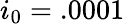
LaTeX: i_{0}=.0001